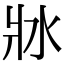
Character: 𤕯